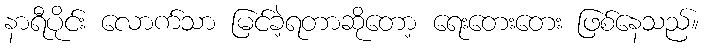
နာရီပိုင်း လောက်သာ မြင်ခဲ့ရတာဆိုတော့ ရေးတေးတေး ဖြစ်နေသည်။